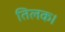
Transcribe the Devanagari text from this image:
तिलक।